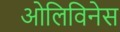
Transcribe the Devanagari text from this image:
ओलिविनेस